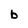
Character: b